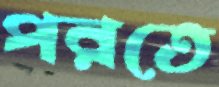
পরতে